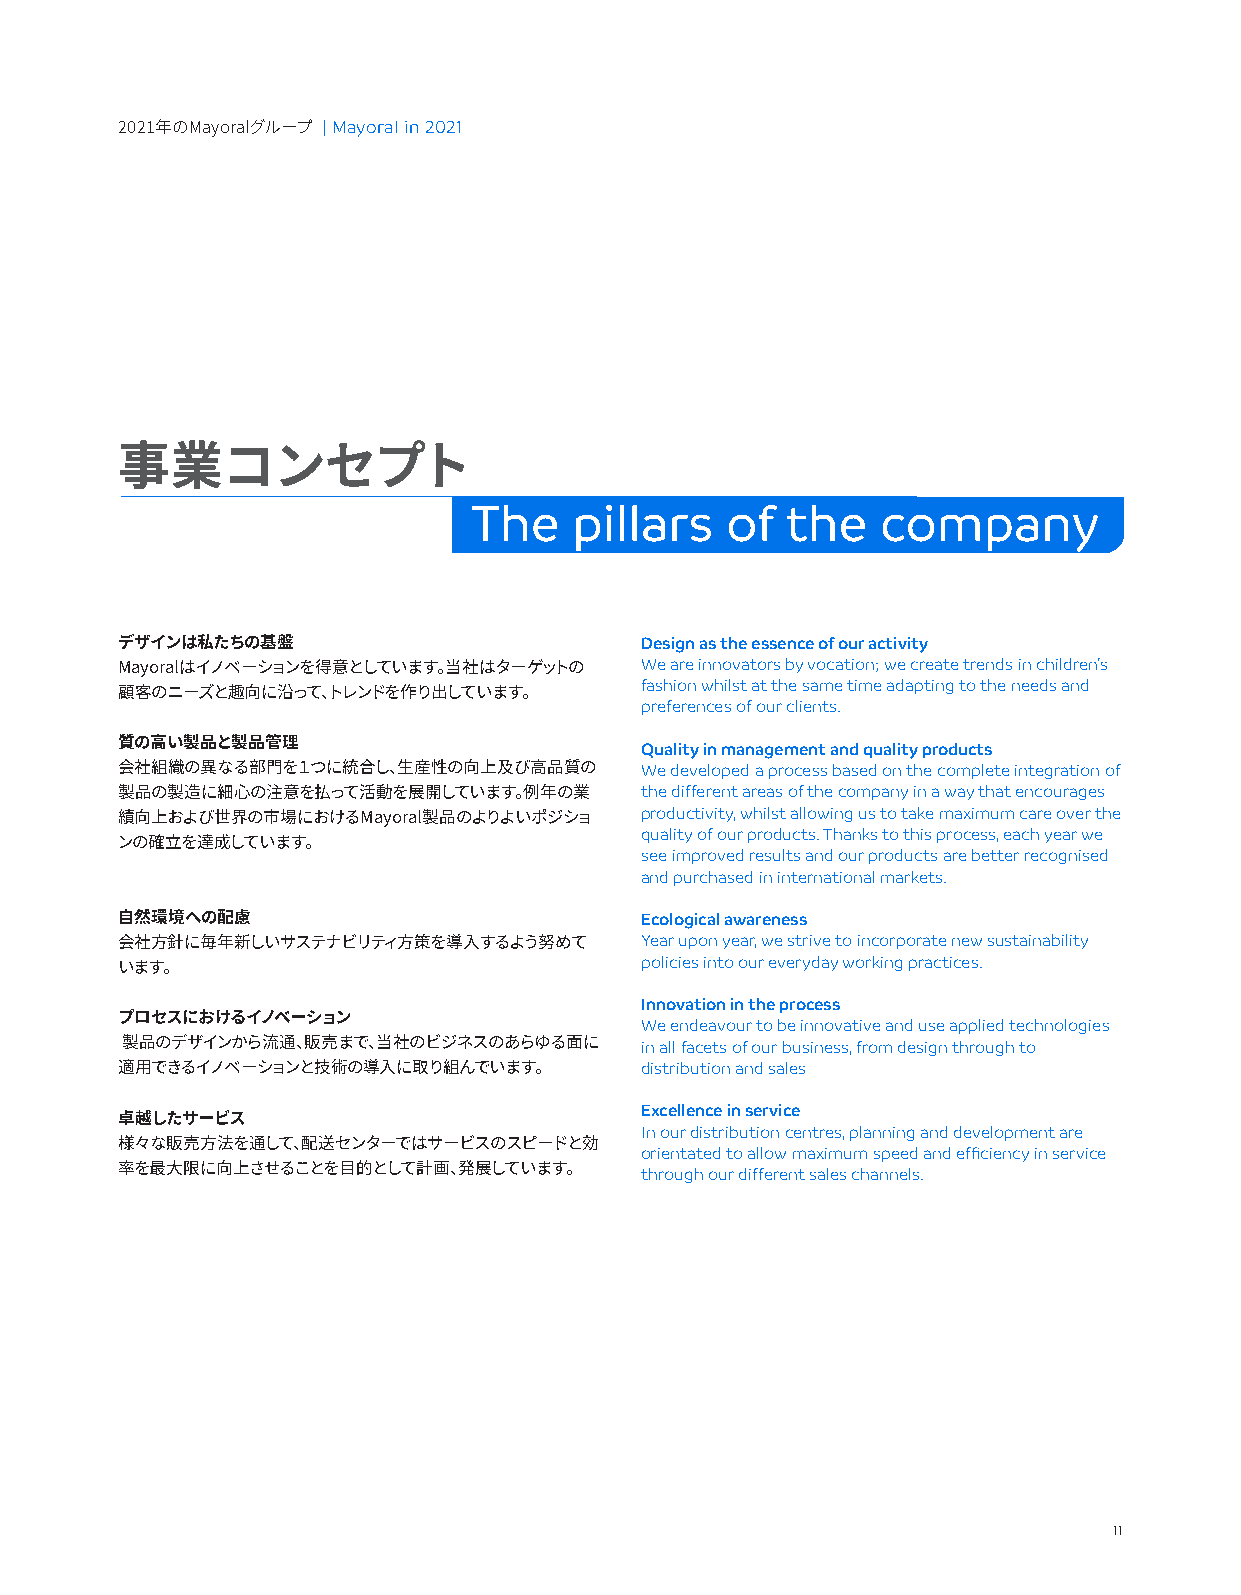
| Mayoral in 2021
 2021年のMayoralグループ
 事業コンセプト
 The    pillars   of  the   company
 Design as the essence of our activity
 デザインは私たちの基盤
 We are innovators by vocation; we create trends in children’s
 Mayoralはイノベーションを得意としています。当社はターゲットの fashion whilst at the same time adapting to the needs and
 顧客のニーズと趣向に沿って、トレンドを作り出しています。      preferences of our clients.
 Quality in management and quality products
 質の高い製品と製品管理
 We developed a process based on the complete integration of
 会社組織の異なる部門を１つに統合し、生産性の向上及び高品質の
 the different areas of the company in a way that encourages
 製品の製造に細心の注意を払って活動を展開しています。例年の業    productivity, whilst allowing us to take maximum care over the
 績向上および世界の市場におけるMayoral製品のよりよいポジショ quality of our products. Thanks to this process, each year we
 ンの確立を達成しています。                     see improved results and our products are better recognised
 and purchased in international markets.
 Ecological awareness
 自然環境への配慮
 Year upon year, we strive to incorporate new sustainability
 会社方針に毎年新しいサステナビリティ方策を導入するよう努めて    policies into our everyday working practices.
 います。
 Innovation in the process
 We endeavour to be innovative and use applied technologies
 プロセスにおけるイノベーション
 in all facets of our business, from design through to
 製品のデザインから流通、販売まで、当社のビジネスのあらゆる面に
 distribution and sales
 適用できるイノベーションと技術の導入に取り組んでいます。
 Excellence in service
 卓越したサービス                          In our distribution centres, planning and development are
 様々な販売方法を通して、配送センターではサービスのスピードと効   orientated to allow maximum speed and efficiency in service
 through our different sales channels.
 率を最大限に向上させることを目的として計画、発展しています。
 11